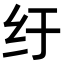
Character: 纡